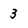
Character: 3